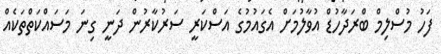
ފަހު މުސްލިމް ބްރަދާހުޑް އުވާލުމަށް އެގައުމުގެ އަސްކަރީ ސަރުކާރުން ދަނީ ގިނަ މަސައްކަތްތަކެއް